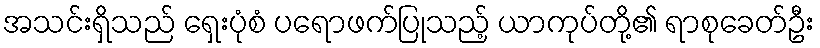
အသင်းရှိသည် ရှေးပုံစံ ပရောဖက်ပြုသည့် ယာကုပ်တို့၏ ရာစုခေတ်ဦး